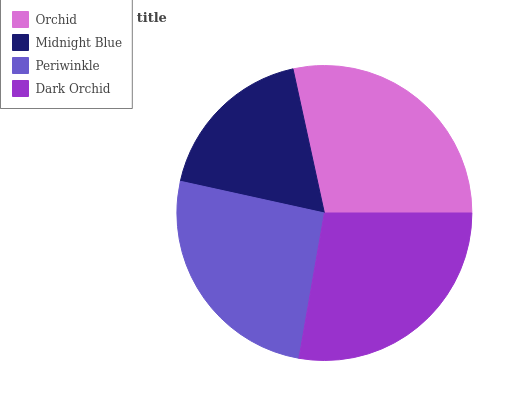
| Orchid | Midnight Blue | Periwinkle | Dark Orchid |
 | --- | --- | --- | --- |
 | 28.4% | 18.2% | 25.7% | 27.8% |